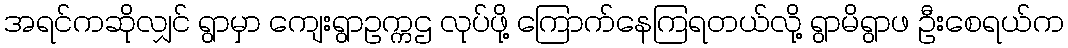
အရင်ကဆိုလျှင် ရွာမှာ ကျေးရွာဥက္ကဌ လုပ်ဖို့ ကြောက်နေကြရတယ်လို့ ရွာမိရွာဖ ဦးစေရယ်က